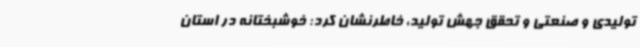
تولیدی و صنعتی و تحقق جهش تولید، خاطرنشان کرد: خوشبختانه در استان